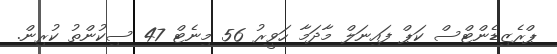
ޕްރެޒިޑެންޓްސް ކަޕް ފައިނަލް މާދަމާ ހަވީރު 56 މިނެޓް 47 ސިކުންތު ކުރިން.